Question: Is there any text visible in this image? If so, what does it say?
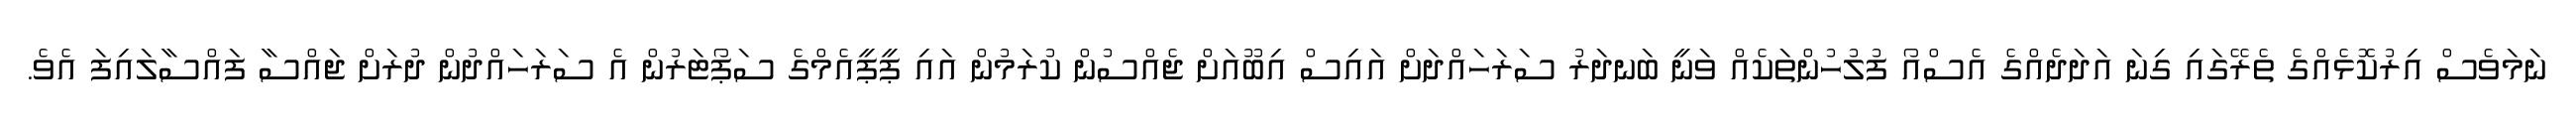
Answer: ނަމަވެސް އިރުކޮޅެއްގެ ތެރޭގައި ގިނަ އަދަދެއްގެ އެސްއޯ ފުލުހުންތަކެއް ވަނީ ބަނދަރު ސަރަހައްދަށް އައިސް އިބޫއަށް ޖެއްސުން ކުރަމުން އައި ޕީޕީއެމްގެ ސަޕޯޓަރުން އެ ސަރަހައްދުން ދުރަށް ޖައްސާ ފައްސާލައިފަ އެވެ.